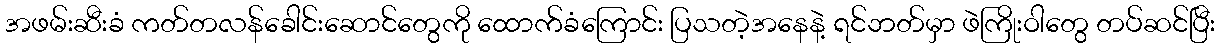
အဖမ်းဆီးခံ ကတ်တလန်ခေါင်းဆောင်တွေကို ထောက်ခံကြောင်း ပြသတဲ့အနေနဲ့ ရင်ဘတ်မှာ ဖဲကြိုးဝါတွေ တပ်ဆင်ပြီး